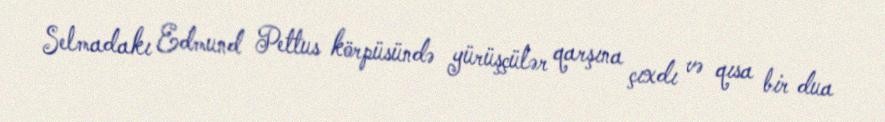
Selmadakı Edmund Pettus körpüsündə yürüşçülər qarşına çıxdı və qısa bir dua